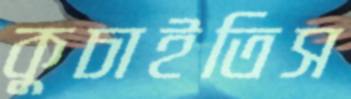
কুচাইতিস